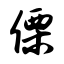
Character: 傈